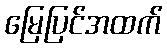
မြေပြင်အထက်